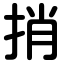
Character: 捎